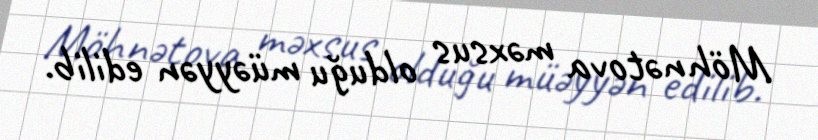
Möhnətova məxsus olduğu müəyyən edilib.